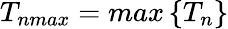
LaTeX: T_{nmax}=max\left\{ T_{n}\right\}